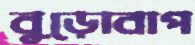
বুড়োবাপ